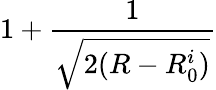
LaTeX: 1+\frac{1}{\sqrt{2(R-R_{0}^{i})}}